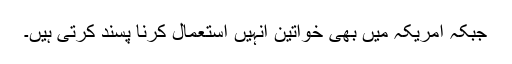
جبکہ امریکہ میں بھی خواتین انہیں استعمال کرنا پسند کرتی ہیں۔